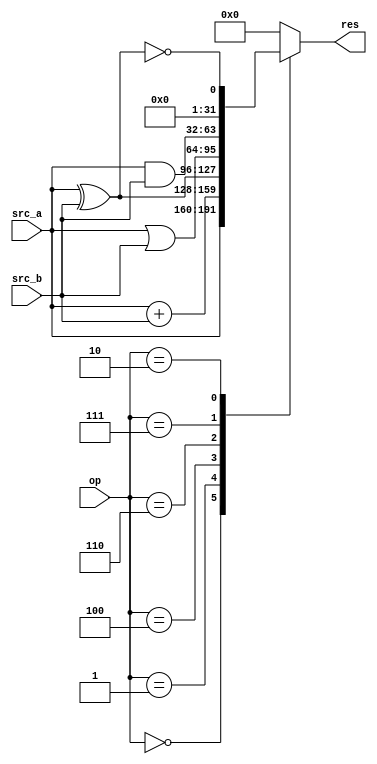
module alu(
    input [31:0]src_a,
    input [31:0]src_b,
    input [2:0]op,
    output reg [31:0]res
);

always @(*) begin
    case (op)
        3'b000: res = src_a;
        3'b001: res = src_a + src_b;
        3'b100: res = src_a ^ src_b;
        3'b110: res = src_a | src_b;
        3'b111: res = src_a & src_b;
        3'b010: res = !(src_a ^ src_b);
        default: res = 0;
    endcase
end

endmodule